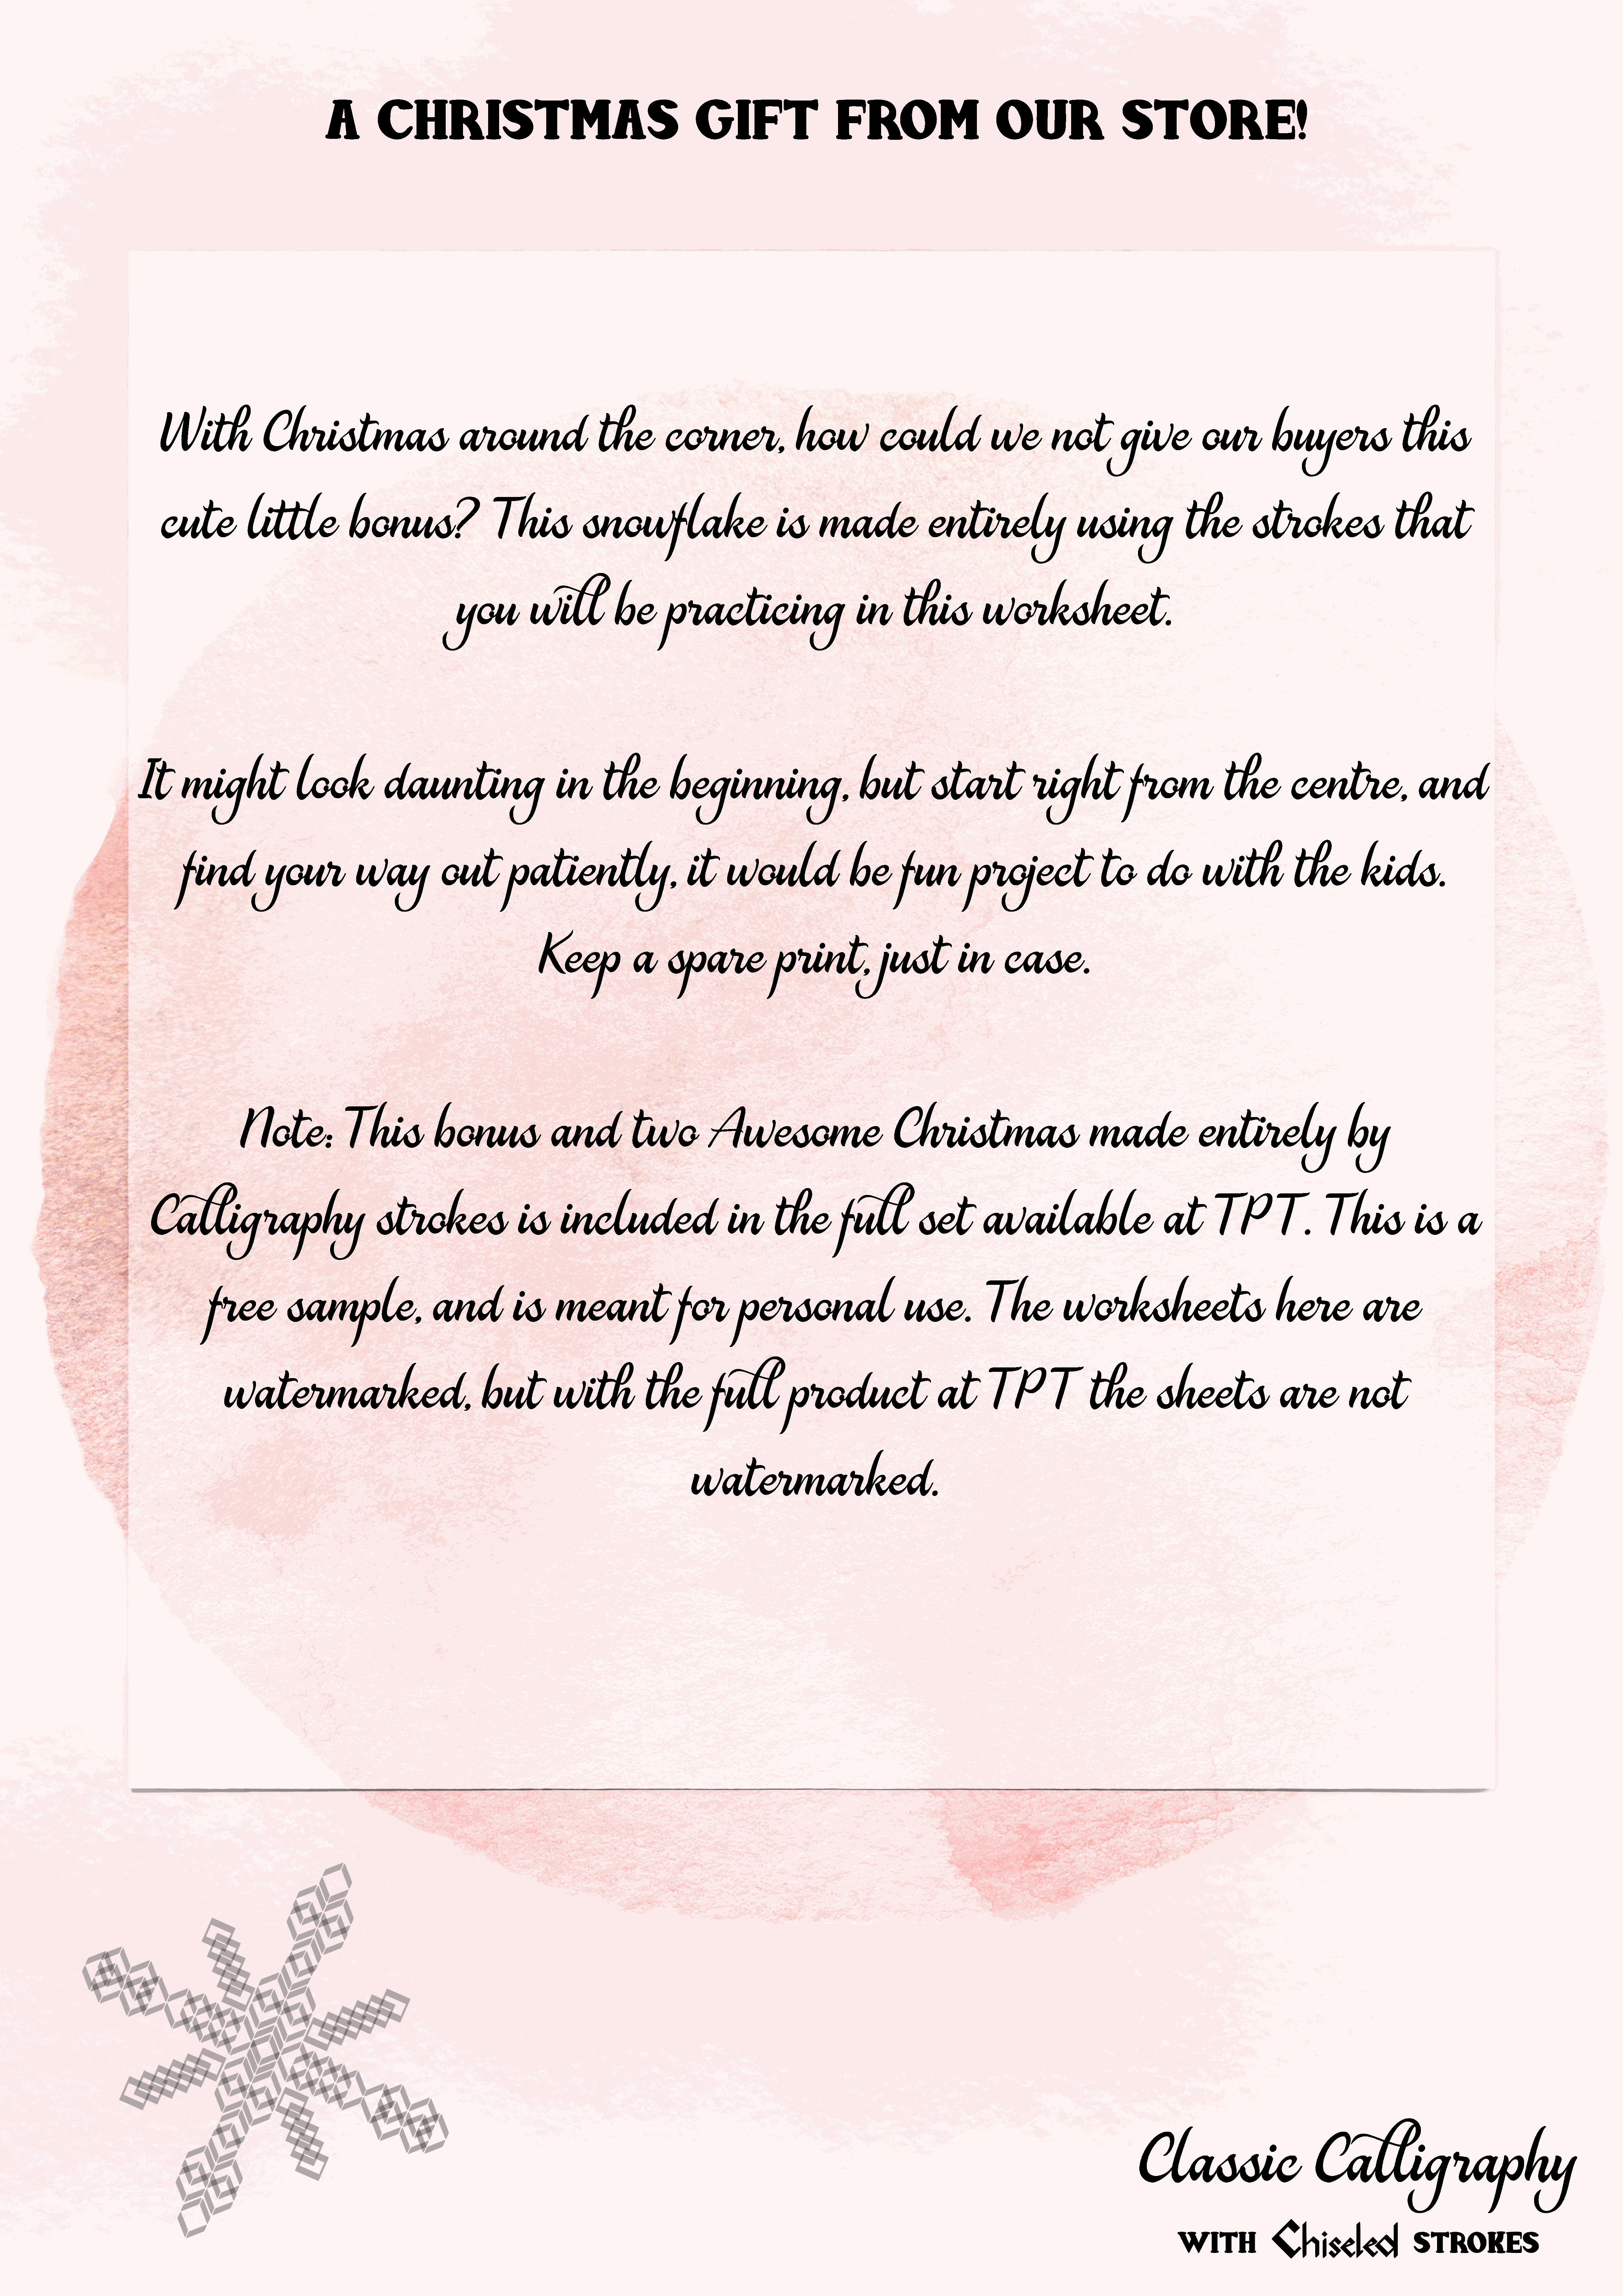
A          Christmas                                                          gift                         from                              our                        store!
 With                  Christmas                                around                       the            corner,                    how               could                  we           not            give             our           buyers                      this
 cute              little                bonus?                        This               snowflake                                is       made                   entirely                       using                  the           strokes                       that
 you            will              be         practicing                              in        this            worksheet.
 It       might                   look              daunting                             in       the            beginning,                              but            start                right                from               the           centre,                    and
 find             your               way               out            patiently,                           it      would                     be         fun            project                    to        do          with               the           kids.
 Keep                a      spare                  print,                just            in        case.
 Note:                 This               bonus                   and              two              Awesome                               Christmas                                 made                   entirely                       by
 Calligraphy                                     strokes                       is       included                           in       the            full            set          available                              at        TP           T.        This                is       a
 free             sample,                       and               is      meant                     for          personal                           use.             The             worksheets                                   here               are
 watermarked,                                           but            with               the           full             product                        at        TP           T        the           sheets                    are            not
 watermarked.